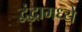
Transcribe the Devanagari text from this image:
द्वंद्वामध्ये